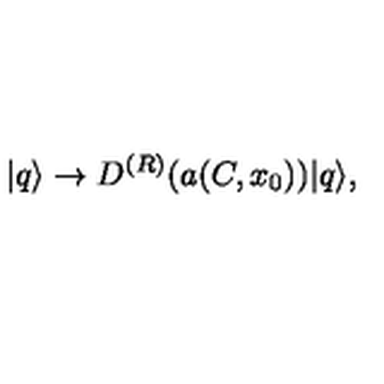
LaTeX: | q \rangle \to D ^ { ( R ) } ( a ( C , x _ { 0 } ) ) | q \rangle ,